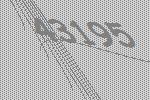
43195